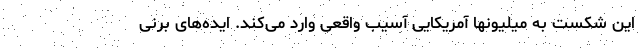
این شکست به میلیونها آمریکایی آسیب واقعی وارد می‌کند. ایده‌های برنی